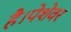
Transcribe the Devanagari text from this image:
है।पेशेवर